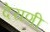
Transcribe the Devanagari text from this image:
देराणी